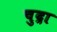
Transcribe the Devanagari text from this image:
चुद्रा